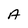
Character: A